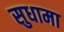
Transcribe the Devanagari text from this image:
सुधामा